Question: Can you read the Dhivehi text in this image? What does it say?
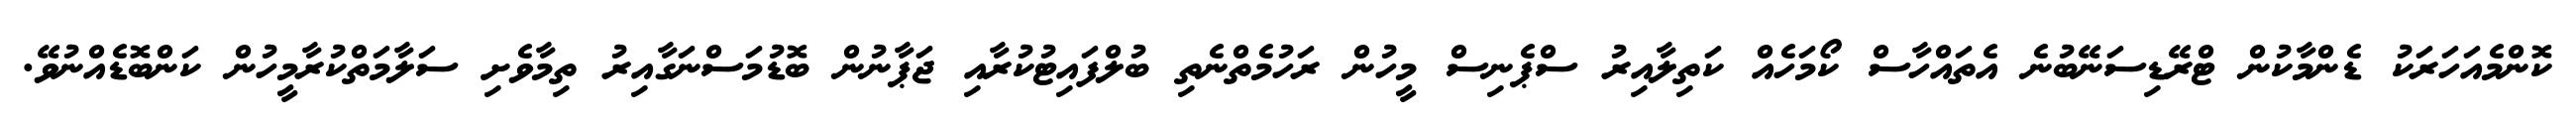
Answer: ކޮންމެއަހަރަކު ޑެންމާކުން ޓްރޭޑިސަނޭބުނެ އެތައްހާސް ކޯމަހެއް ކަތިލާއިރު ސްޕެނިސް މީހުން ރަހުމެތްނެތި ބުލްފައިޓުކުރާއި ޖަޕާނުން ބޮޑުމަސްނަގާއިރު ތިމާވެށި ސަލާމަތްކުރާމީހުން ކަންބޮޑެއްނުވޭ.